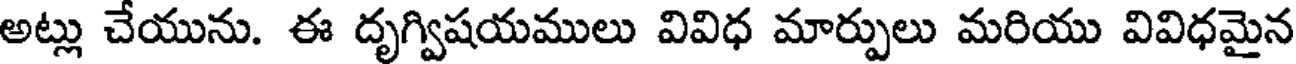
అట్లు చేయును. ఈ దృగ్విషయములు వివిధ మార్పులు మరియు వివిధమైన